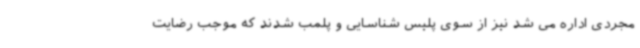
مجردی اداره می شد نیز از سوی پلیس شناسایی و پلمب شدند که موجب رضایت